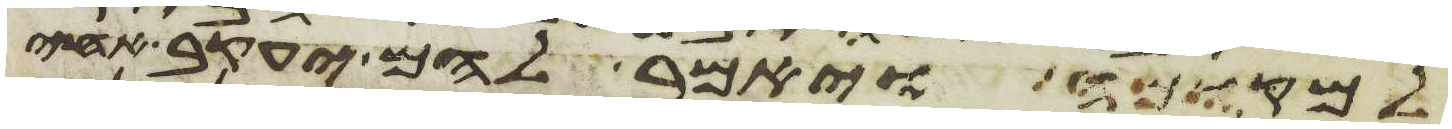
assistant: למקומה ויאמר להם יעקב אחי